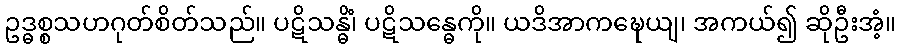
ဥဒ္ဓစ္စသဟဂုတ်စိတ်သည်။ ပဋိသန္ဓိံ၊ ပဋိသန္ဓေကို။ ယဒိအာကဍ္ဎေယျ၊ အကယ်၍ ဆိုဦးအံ့။